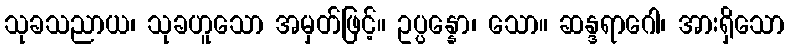
သုခသညာယ၊ သုခဟူသော အမှတ်ဖြင့်။ ဥပ္ပန္နော၊ သော။ ဆန္ဒရာဂေါ၊ အားရှိသော